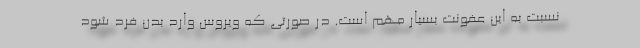
نسبت به این عفونت بسیار مهم است. در صورتی که ویروس وارد بدن فرد شود